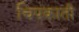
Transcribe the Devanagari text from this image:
चिपकाती